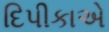
દિપીકાએ